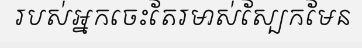
របស់អ្នកចេះតែរមាស់ស្បែកមែន